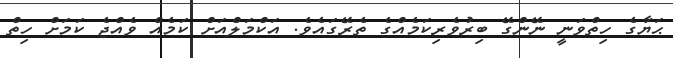
ޙަޔާގެ ހިތްވަނީ ނޭންގޭ ބިރުވެރިކަމެއްގެ ތެރޭގައެެވެ. އަކްމަލްެއަށް ކަމެއް ވެއްޖެ ކަމަށް ހިތް